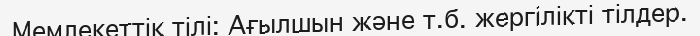
Мемлекеттік тілі: Ағылшын және т.б. жергілікті тілдер.